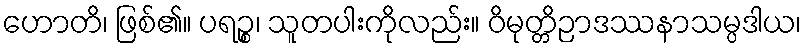
ဟောတိ၊ ဖြစ်၏။ ပရဉ္စ၊ သူတပါးကိုလည်း။ ဝိမုတ္တိဉာဒဿနာသမ္ပဒါယ၊